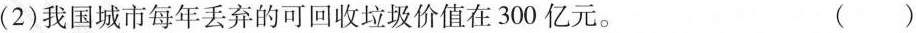
(2)我国城市每年丢弃的可回收垃圾价值在300亿元。（）